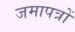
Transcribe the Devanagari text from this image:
जमापत्रों